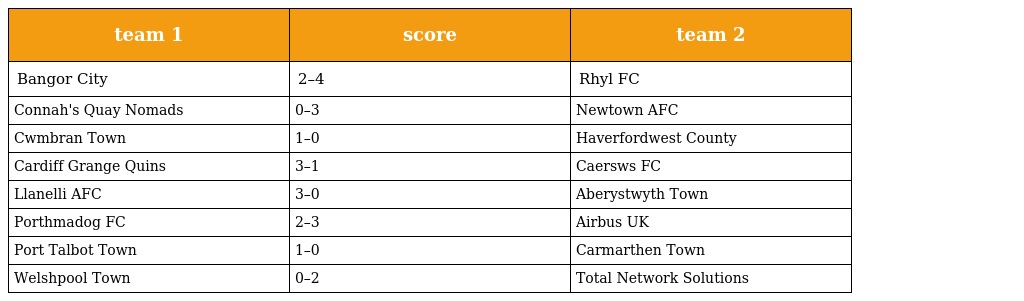
| team 1 | score | team 2 |
 | --- | --- | --- |
 | Bangor City | 2–4 | Rhyl FC |
 | Connah's Quay Nomads | 0–3 | Newtown AFC |
 | Cwmbran Town | 1–0 | Haverfordwest County |
 | Cardiff Grange Quins | 3–1 | Caersws FC |
 | Llanelli AFC | 3–0 | Aberystwyth Town |
 | Porthmadog FC | 2–3 | Airbus UK |
 | Port Talbot Town | 1–0 | Carmarthen Town |
 | Welshpool Town | 0–2 | Total Network Solutions |